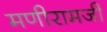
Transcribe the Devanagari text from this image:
मणीरामजी